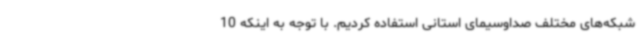
شبکه‌های مختلف صداوسیمای استانی استفاده کردیم. با توجه به اینکه 10